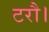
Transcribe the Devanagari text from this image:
टरौ।